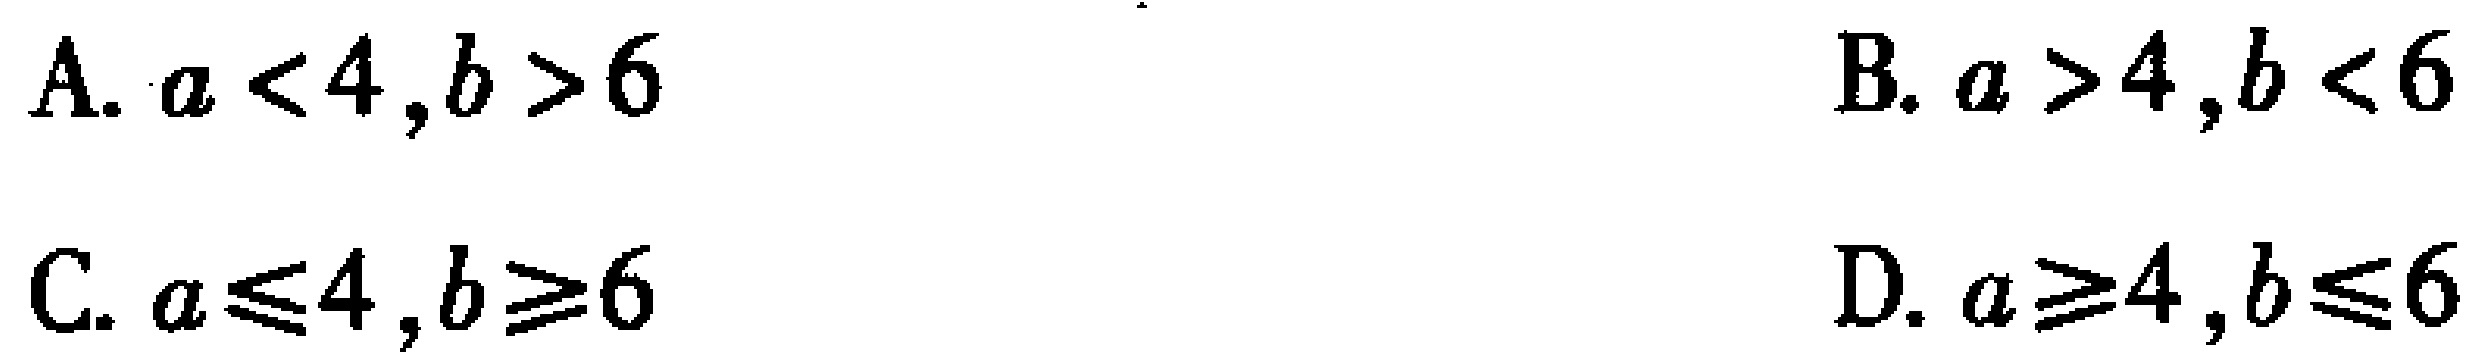
A. \(a < 4,b > 6\)
B. \(a > 4,b < 6\)
C. \(a\leqslant4,b\geqslant6\)
D. \(a\geqslant4,b\leqslant6\)